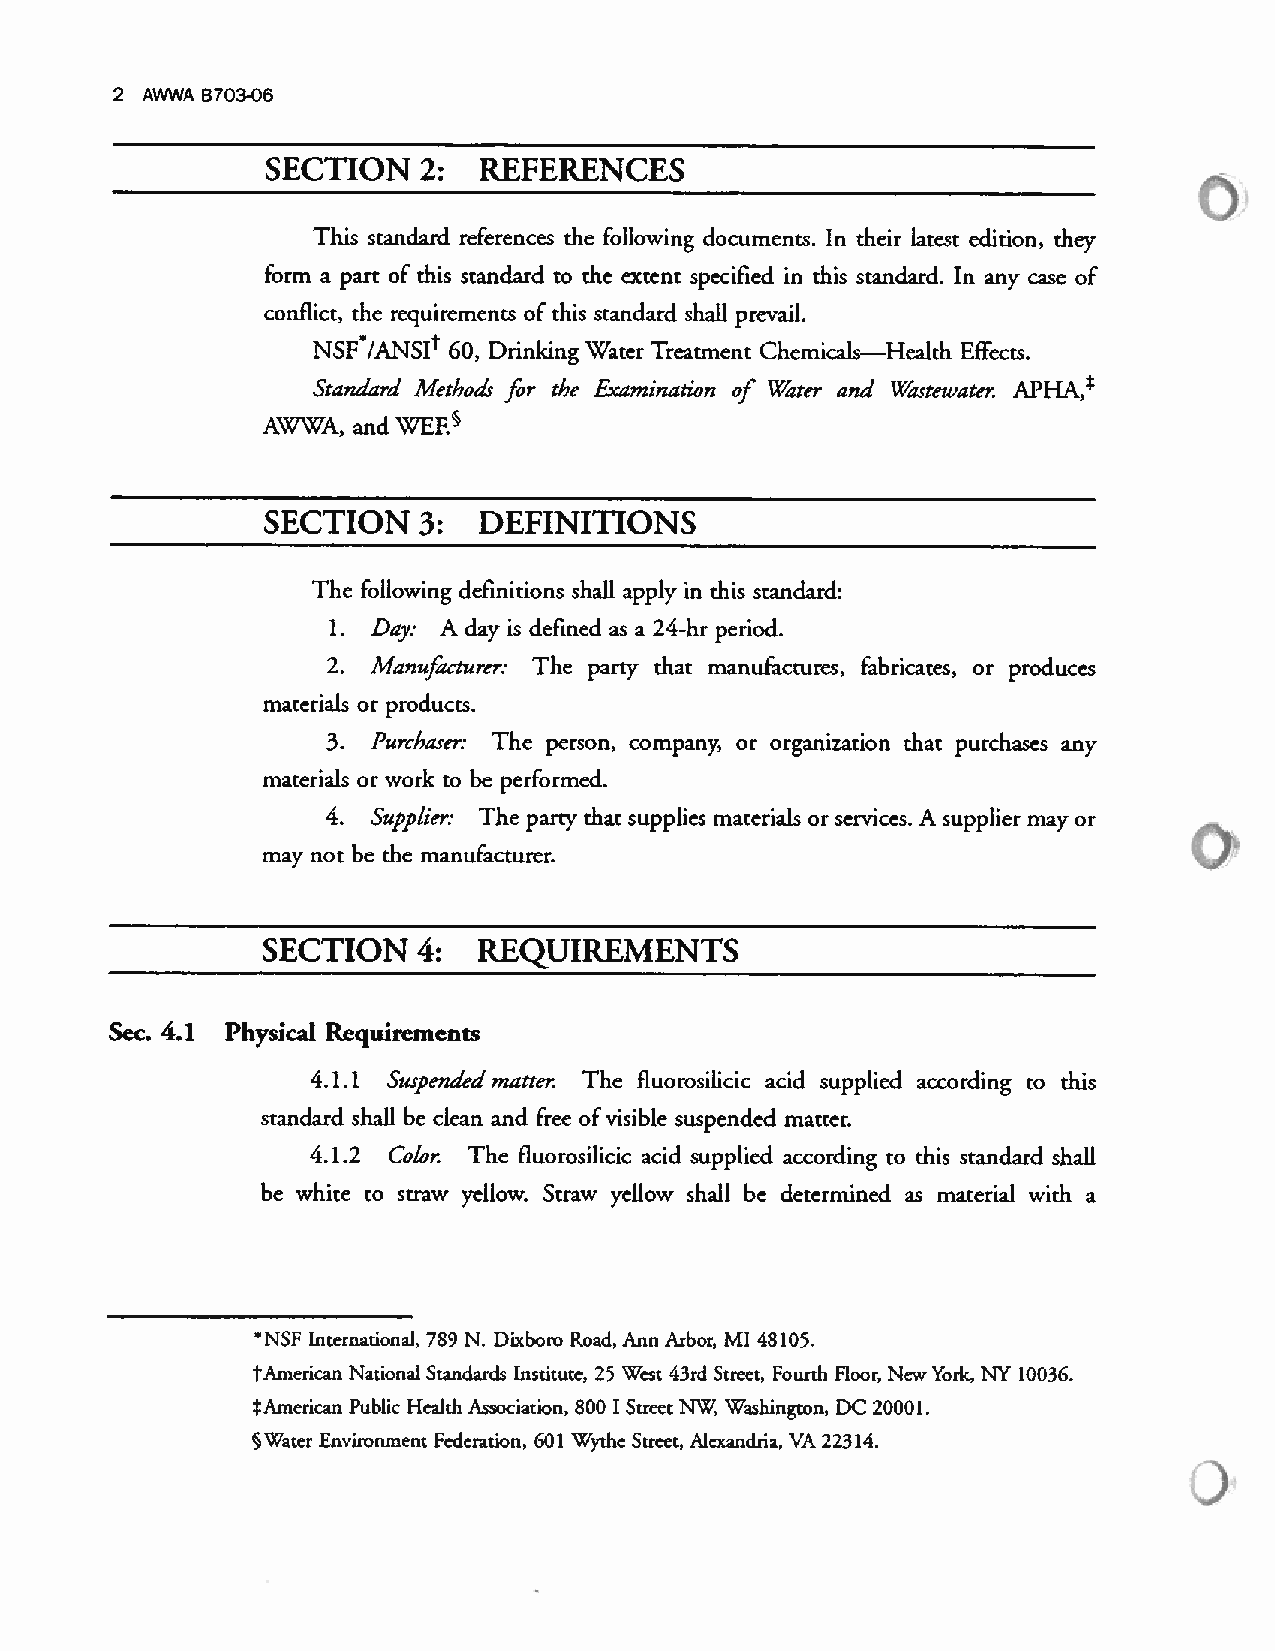
2 AWWA 8703-06
 SECTION   2:  REFERENCES
 This standard references the following documents. In their latest edition, they
 form a part of this standard to the extent specified in this standard. In any case of
 conflict, the requirements of this standard shall prevail.
 NSF /ANSI 60, Drinking Water Treatment Chemicals—Health Effects.
 Standard Methods for the Examination of Water and W2stewater. APHA,
 AWWA, and WEF.S
 SECTION   3:  DEFINITIONS
 The following definitions shall apply in this standard:
 1. Day: A day is defined as a 24-hr period.
 2. Manufacturer: The party that manufactures, fabricates, or produces
 materials or products.
 3. Purchaser: The person, company, or organization that purchases any
 materials or work to be performed.
 4. Supplier: The parry that supplies materials or services. A supplier may or
 may not be the manufacturer.
 SECTION    4:  REQUIREMENTS
 Sec. 4.1 Physical Requirements
 4.1.1 Suspended matter. The fluorosilicic acid supplied according to this
 standard shall be clean and free ofvisible suspended matter.
 4.1.2 Color. The fluorosilicic acid supplied according to this standard shall
 be white to straw yellow. Straw yellow shall be determined as material with a
 NSF International, 789 N. Dixboro Road, Ann Arbor, MI 48105.
 tAmerican Nationa] Standards Insdtute, 25 West 43rd Street, Fourth Floor, New York, NY 10036.
 tAmerican Public Health Association. 800 1 Street NW Washington, DC 20001.
 §Water Environment Federation, 601 ‘OVythe Street. Aiexandria, VA 22314.